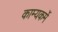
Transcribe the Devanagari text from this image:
काम्यकर्मे